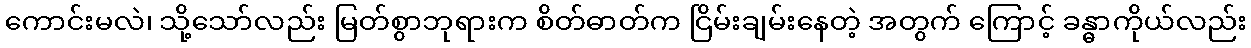
ကောင်းမလဲ၊ သို့သော်လည်း မြတ်စွာဘုရားက စိတ်ဓာတ်က ငြိမ်းချမ်းနေတဲ့ အတွက် ကြောင့် ခန္ဓာကိုယ်လည်း